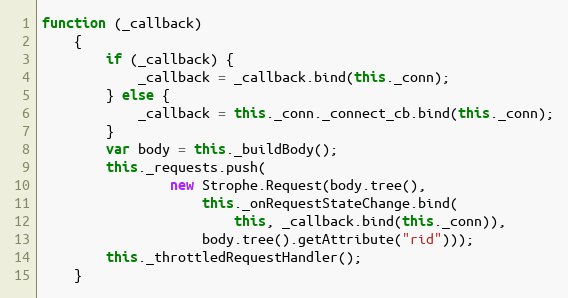
Language: JavaScript
function (_callback)
    {
        if (_callback) {
            _callback = _callback.bind(this._conn);
        } else {
            _callback = this._conn._connect_cb.bind(this._conn);
        }
        var body = this._buildBody();
        this._requests.push(
                new Strophe.Request(body.tree(),
                    this._onRequestStateChange.bind(
                        this, _callback.bind(this._conn)),
                    body.tree().getAttribute("rid")));
        this._throttledRequestHandler();
    }